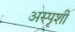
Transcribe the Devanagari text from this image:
अस्पृशी